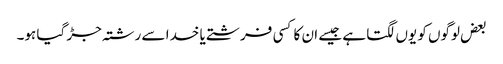
بعض لوگوں کو یوں لگتا ہے جیسے ان کا کسی فرشتے یا خدا سے رشتہ جڑ گیا ہو۔